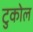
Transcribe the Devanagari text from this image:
टुकोल